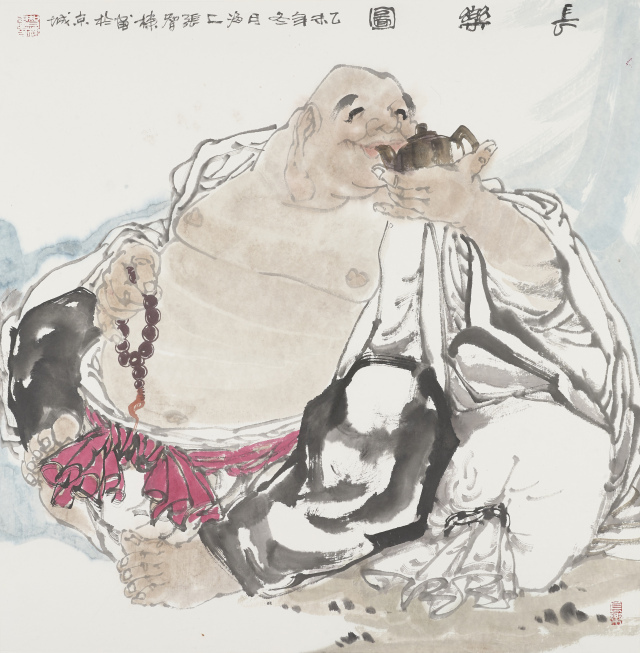
故仁莫大于爱人，智莫大于知人。